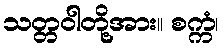
သတ္တဝါတို့အား။ စက္ကံ၊